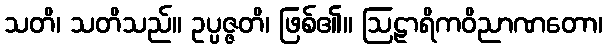
သတိ၊ သတိသည်။ ဥပ္ပဇ္ဇတိ၊ ဖြစ်၏။ ဩဠာရိကဝိညာဏတော၊